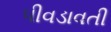
પીવડાવતી